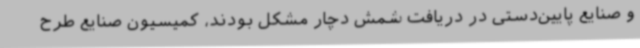
و صنایع پایین‌دستی در دریافت شمش دچار مشکل بودند، کمیسیون صنایع طرح